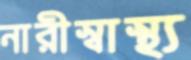
নারীস্বাস্থ্য